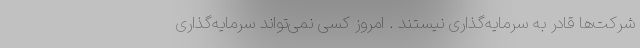
شرکت‌ها قادر به سرمایه‌گذاری نیستند . امروز کسی نمی‌تواند سرمایه‌گذاری